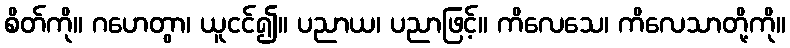
စိတ်ကို။ ဂဟေတွာ၊ ယူငင်၍။ ပညာယ၊ ပညာဖြင့်။ ကိလေသေ၊ ကိလေသာတို့ကို။